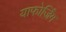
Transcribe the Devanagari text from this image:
याफोर्जिंग